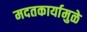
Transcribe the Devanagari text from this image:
मदतकार्यामुळे